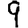
Digit: 9